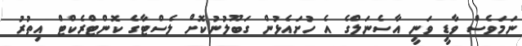
ނަމަވެސް ވާޑީ ވަނީ އާސެނަލްގެ އެ ހުށައެޅުން ގަބޫލުނުކޮށް ލެސްޓާގެ ކޮންޓްރެކްޓް އިތުރު